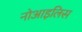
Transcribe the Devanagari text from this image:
नोआइलिस